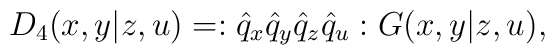
D_4(x,y|z,u) = :\hat q_x\hat q_y\hat q_z\hat q_u:G(x,y|z,u),